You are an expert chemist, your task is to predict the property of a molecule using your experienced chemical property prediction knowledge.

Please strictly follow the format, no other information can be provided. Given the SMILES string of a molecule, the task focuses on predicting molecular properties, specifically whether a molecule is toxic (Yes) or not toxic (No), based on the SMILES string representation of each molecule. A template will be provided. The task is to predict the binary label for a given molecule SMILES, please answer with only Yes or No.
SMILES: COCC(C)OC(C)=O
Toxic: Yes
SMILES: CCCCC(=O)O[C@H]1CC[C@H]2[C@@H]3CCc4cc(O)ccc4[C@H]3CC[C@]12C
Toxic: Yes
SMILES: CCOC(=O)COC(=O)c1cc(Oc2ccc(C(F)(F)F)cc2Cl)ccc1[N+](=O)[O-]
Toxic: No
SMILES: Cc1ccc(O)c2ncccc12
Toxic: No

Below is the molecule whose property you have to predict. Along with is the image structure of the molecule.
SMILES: CON(C)C(=O)Nc1ccc(Cl)cc1
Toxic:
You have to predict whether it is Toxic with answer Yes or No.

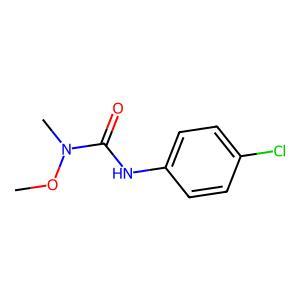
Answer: No